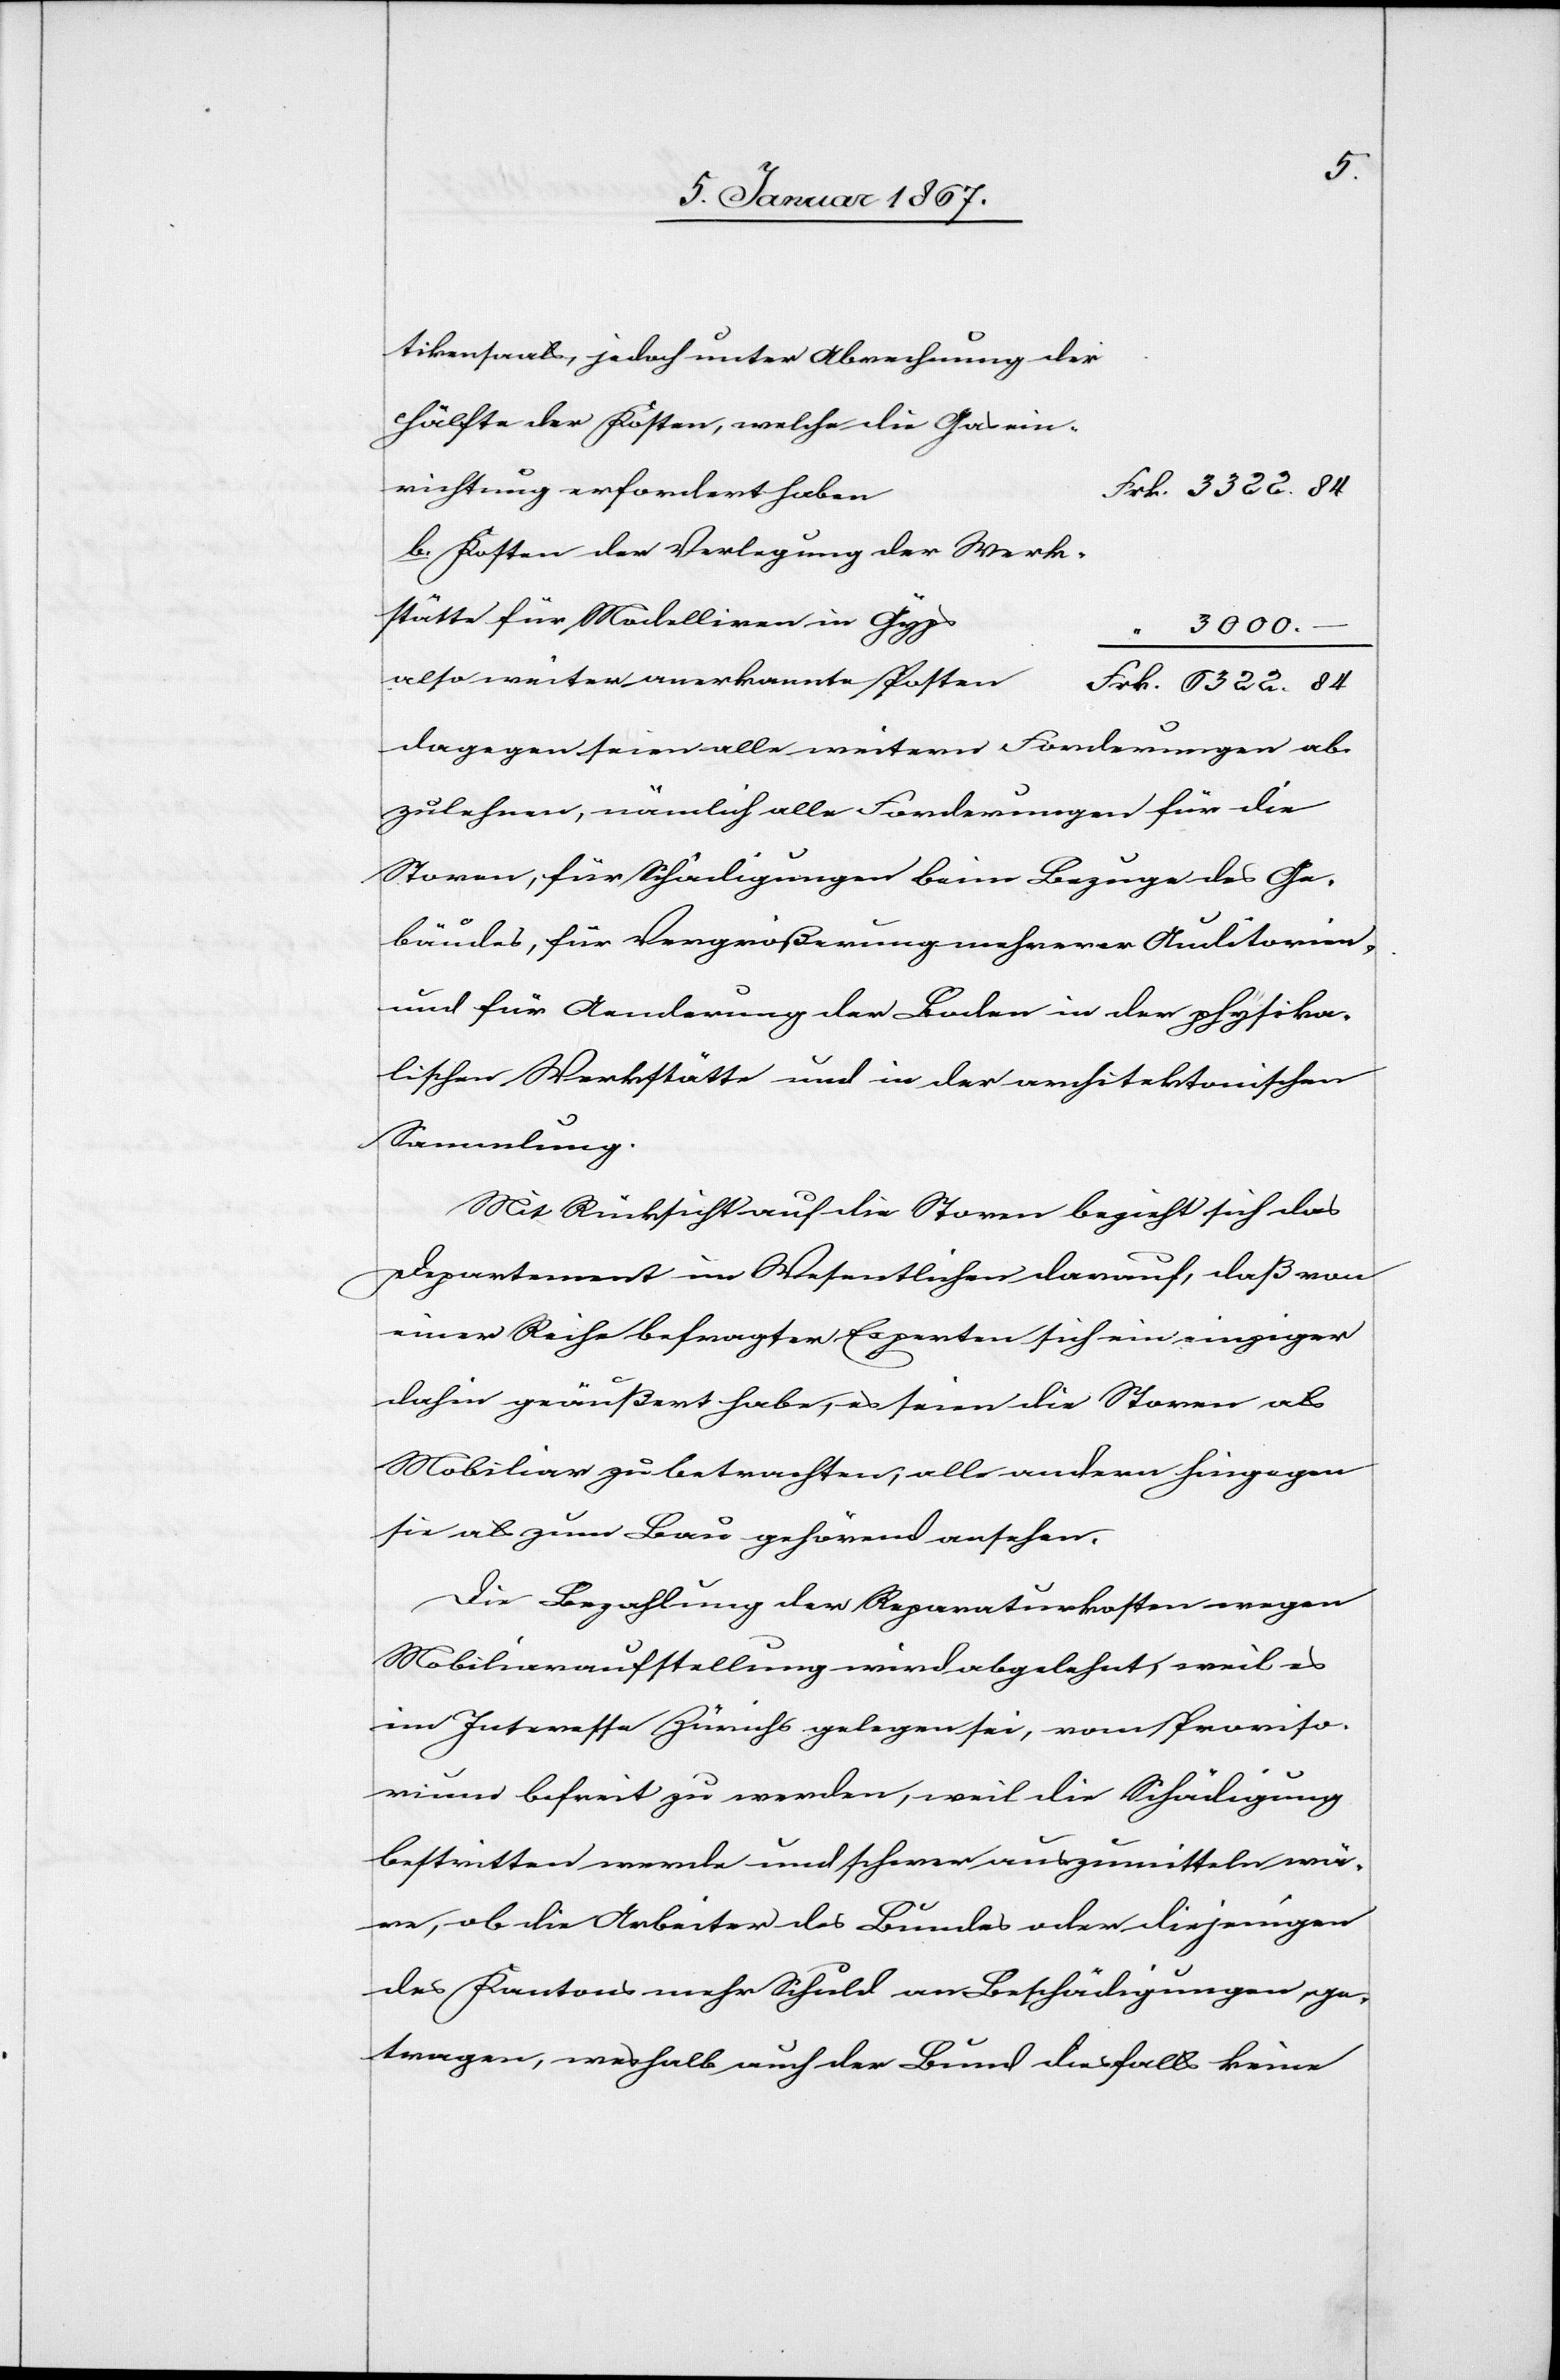
tikensaals jedoch unter Abrechung der
Hälfte der Kosen, welche die Gasein¬
richtung erfordert habe¬
rk. 6322.84
b. Kosten der Verlegung der Werk¬
stätte für Modelliren in Gyps
–
also weiter anerkannte Kosten						F¬
dagegen seien alle weitern Forderungen ab¬
zulehnen, nämlich alle Forderungen für die
Storen, für Schädigungen beim Bezuge des Ge¬
bäudes, für Vergrößerung mehrerer Auditorien,
und für Aenderung der Boden in der physika¬
lischen Werkstätte und in der architektonischen
Sammlung.
Mit Rücksicht auf die Storen bezieht sich das
Departement im Wesentlichen darauf, daß von
einer Reihe befragter Experten sich ein einziger
dafür geäußert habe, es seien die Storen als
Mobiliar zu betrachten, alle andern hingegen
sie als zum Bau gehörend ansehen.
Die Bezahlung der Reparaturkosten wegen
Mobiliaraufstellung wird abgelehnt, weil es
im Interesse Zürichs gelegen sei, vom Proviso¬
rium befreit zu werden, weil die Schädigung
bestritten werde und schwer auszumitteln wä¬
re, ob die Arbeiter des Bundes oder diejenigen
des Kantons mehr Schuld an Beschädigungen ge¬
tragen, weshalb auch der Bund diesfalls keine